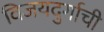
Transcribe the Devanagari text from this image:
विजयदुर्गाची